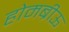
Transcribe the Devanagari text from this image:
होमब्रीऊ